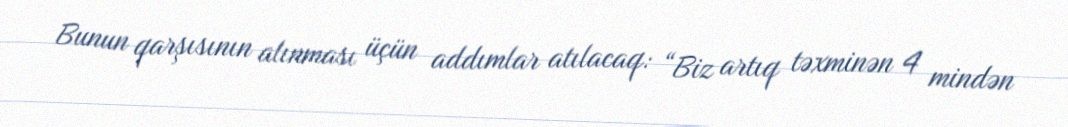
Bunun qarşısının alınması üçün addımlar atılacaq: “Biz artıq təxminən 4 mindən